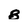
Character: 8